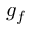
g _ { f }